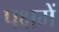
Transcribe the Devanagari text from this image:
पक्षमें